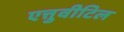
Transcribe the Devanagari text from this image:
एत्तुवीटिल